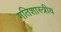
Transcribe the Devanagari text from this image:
गतिशास्त्रीय